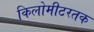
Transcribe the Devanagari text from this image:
किलोमीटरतक